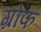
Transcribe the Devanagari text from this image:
ग्रोफ